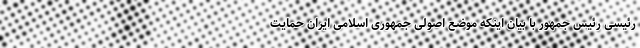
رئیسی رئیس جمهور با بیان اینکه موضع اصولی جمهوری اسلامی ایران حمایت